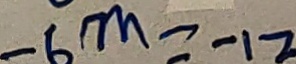
- 6 m = - 1 2